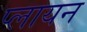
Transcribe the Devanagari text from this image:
प्लायन